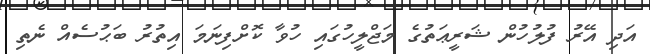
އަދި އޭރު ފުލުހުން ޝަރީޢަތުގެ މަޖްލީހުގައި ހުވާ ކޮށްފިނަމަ އިތުރު ބަޙުސެއް ނެތި